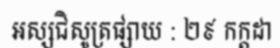
អស្សជិសូត្រផ្សាយ : ២៩ កក្តដា